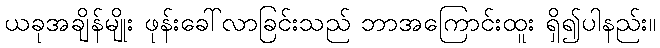
ယခုအချိန်မျိုး ဖုန်းခေါ်လာခြင်းသည် ဘာအကြောင်းထူး ရှိ၍ပါနည်း။